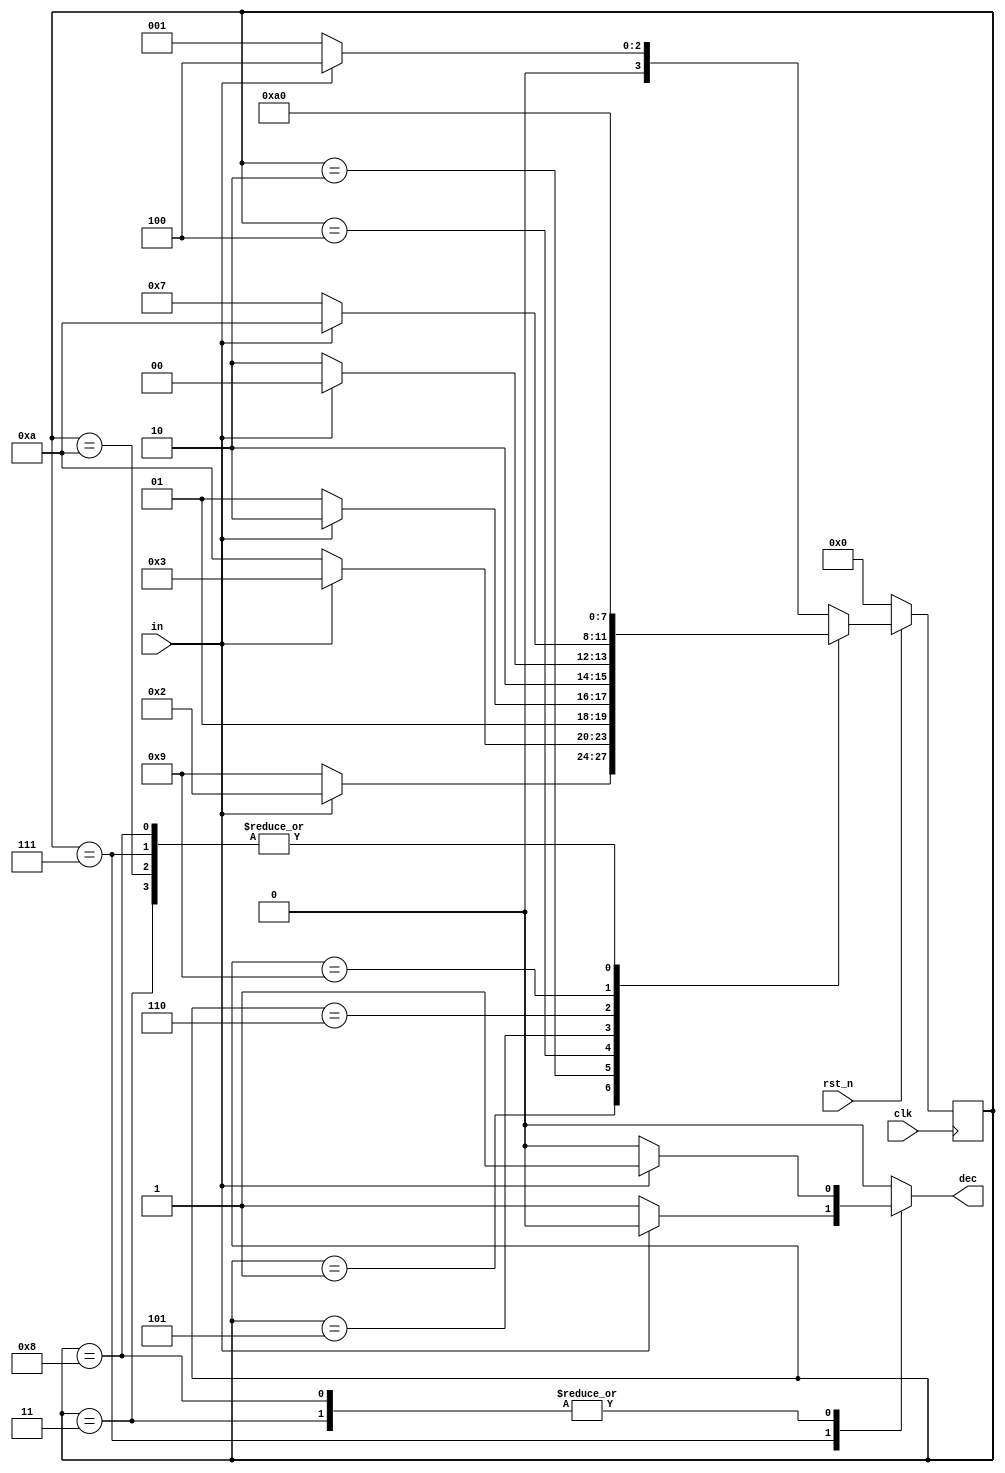
`timescale 1ns/1ps

module Mealy_Sequence_Detector (clk, rst_n, in, dec);
input clk, rst_n;
input in;
output reg dec;
reg [4-1:0] next_state;
reg [4-1:0] state;
parameter S0 = 4'b0000;
parameter S1 = 4'b0001;
parameter S2 = 4'b0010;
parameter S3 = 4'b0011;
parameter S0_1 = 4'b0100;
parameter S0_10 = 4'b0101;
parameter S0_11 = 4'b0110;
parameter S0_110 = 4'b0111;
parameter S0_101 = 4'b1000;
parameter fail2 = 4'b1001;
parameter fail3 = 4'b1010;

always @(posedge clk) begin
    if(!rst_n)begin
        state <= S0;
    end

    else begin
        state <= next_state;
    end
end

always @(*)begin
    case (state)
        S0: 
            if(in)begin
                dec = 1'b0;
                next_state = S0_1;
            end

            else begin
                dec = 1'b0;
                next_state = S1;
            end
        S1:
            //01
            if(in)begin
                dec = 1'b0;
                next_state = S2;
            end
            //00
            else begin
                dec = 1'b0;
                next_state = fail2;
            end
        S2:
            //011
            if(in)begin
                dec = 1'b0;
                next_state = S3;
            end
            //010
            else begin
                dec = 1'b0;
                next_state = fail3;
            end
        S3:
            if(in)begin
                //0111 v
                dec = 1'b1;
                next_state = S0;
            end

            else begin
                //0110
                dec = 1'b0;
                next_state = S0;
            end
        S0_1:
            //11
            if(in)begin
                dec = 1'b0;
                next_state = S0_11;
            end
            //10
            else begin
                dec = 1'b0;
                next_state = S0_10;
            end
        S0_10:
            //101
            if(in)begin
                dec = 1'b0;
                next_state = S0_101;
            end
            //100
            else begin
                dec = 1'b0;
                next_state = fail3;
            end
        S0_11:
            //111
            if(in)begin
                dec = 1'b0;
                next_state = fail3;
            end
            //110
            else begin
                dec = 1'b0;
                next_state = S0_110;
            end
        S0_110:
            //1101
            if(in)begin
                dec = 1'b0;
                next_state = S0;
            end
            //1100 v
            else begin
                dec = 1'b1;
                next_state = S0;
            end
        S0_101:
            //1011 v
            if(in)begin
                dec = 1'b1;
                next_state = S0;
            end

            else begin
                dec = 1'b0;
                next_state = S0;
            end
        fail2:
            if(in)begin
                dec = 1'b0;
                next_state = fail3;
            end

            else begin
                dec = 1'b0;
                next_state = fail3;
            end
        fail3:
            if(in)begin
                dec = 1'b0;
                next_state = S0;
            end

            else begin
                dec = 1'b0;
                next_state = S0;
            end
        default: 
            if(in)begin
                dec = 1'b0;
                next_state = S0_1;
            end

            else begin
                dec = 1'b0;
                next_state = S1;
            end
    endcase

end

endmodule